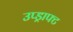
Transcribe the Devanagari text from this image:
उप्ड्राफ्ट